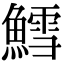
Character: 鱈